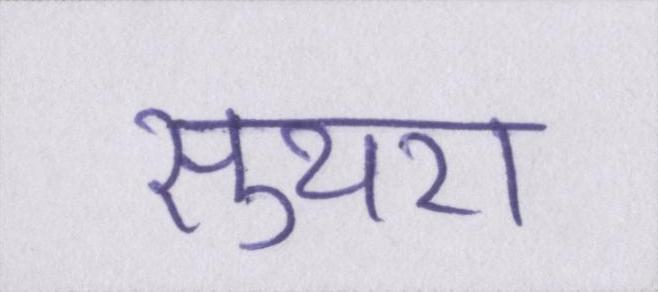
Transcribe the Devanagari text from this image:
सुथरा